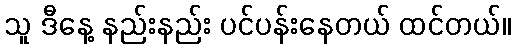
သူ ဒီနေ့ နည်းနည်း ပင်ပန်းနေတယ် ထင်တယ်။